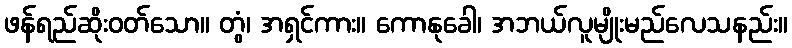
ဖန်ရည်ဆိုးဝတ်သော။ တွံ၊ အရှင်ကား။ ကောနုခေါ၊ အဘယ်လူမျိုးမည်လေသနည်း။